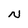
Character: N